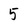
Character: 5